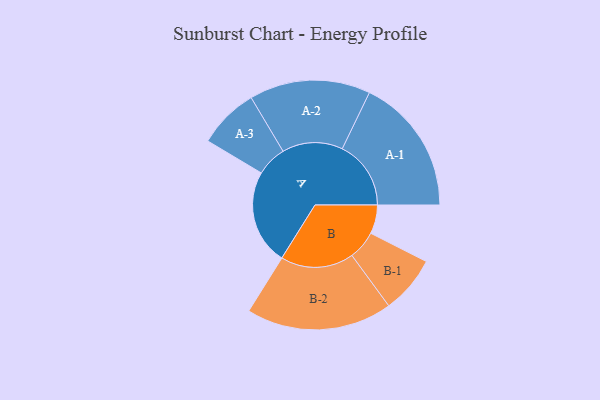
{"axis": {"x": "Segment", "y": "Value"}, "legend": ["", "A", "B"], "data": [{"x": "A", "y": 350, "type": ""}, {"x": "B", "y": 106, "type": ""}, {"x": "A-1", "y": 253, "type": "A"}, {"x": "A-2", "y": 223, "type": "A"}, {"x": "A-3", "y": 112, "type": "A"}, {"x": "B-1", "y": 106, "type": "B"}, {"x": "B-2", "y": 269, "type": "B"}]}